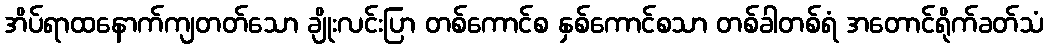
အိပ်ရာထနောက်ကျတတ်သော ချိုးလင်းပြာ တစ်ကောင်စ နှစ်ကောင်စသာ တစ်ခါတစ်ရံ အတောင်ရိုက်ခတ်သံ